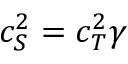
c _ { S } ^ { 2 } = c _ { T } ^ { 2 } \gamma